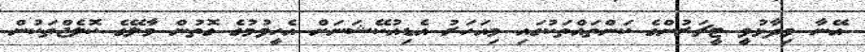
އޭނާ ވިދާޅުވީ ޓީޗަރުންގެ ކަންތައްތަކުގައި މިއަހަރު އެޑިއުކޭޝަނަށް އެހީވުމުގެ ގޮތުން މާލޭގެ ކޮލެޖްތަކުން